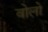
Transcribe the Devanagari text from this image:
वोलो